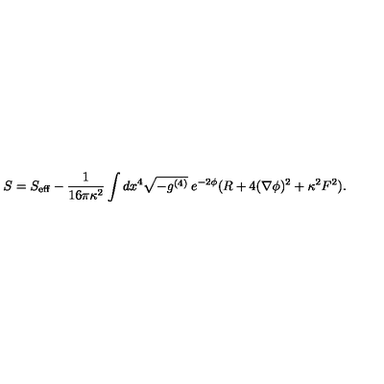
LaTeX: S = S _ { \mathrm { e f f } } - \frac { 1 } { 1 6 \pi \kappa ^ { 2 } } \int d x ^ { 4 } \sqrt { - g ^ { ( 4 ) } } \: e ^ { - 2 \phi } ( R + 4 ( \nabla \phi ) ^ { 2 } + \kappa ^ { 2 } F ^ { 2 } ) .